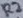
Text: R2